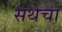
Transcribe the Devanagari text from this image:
संथेचा